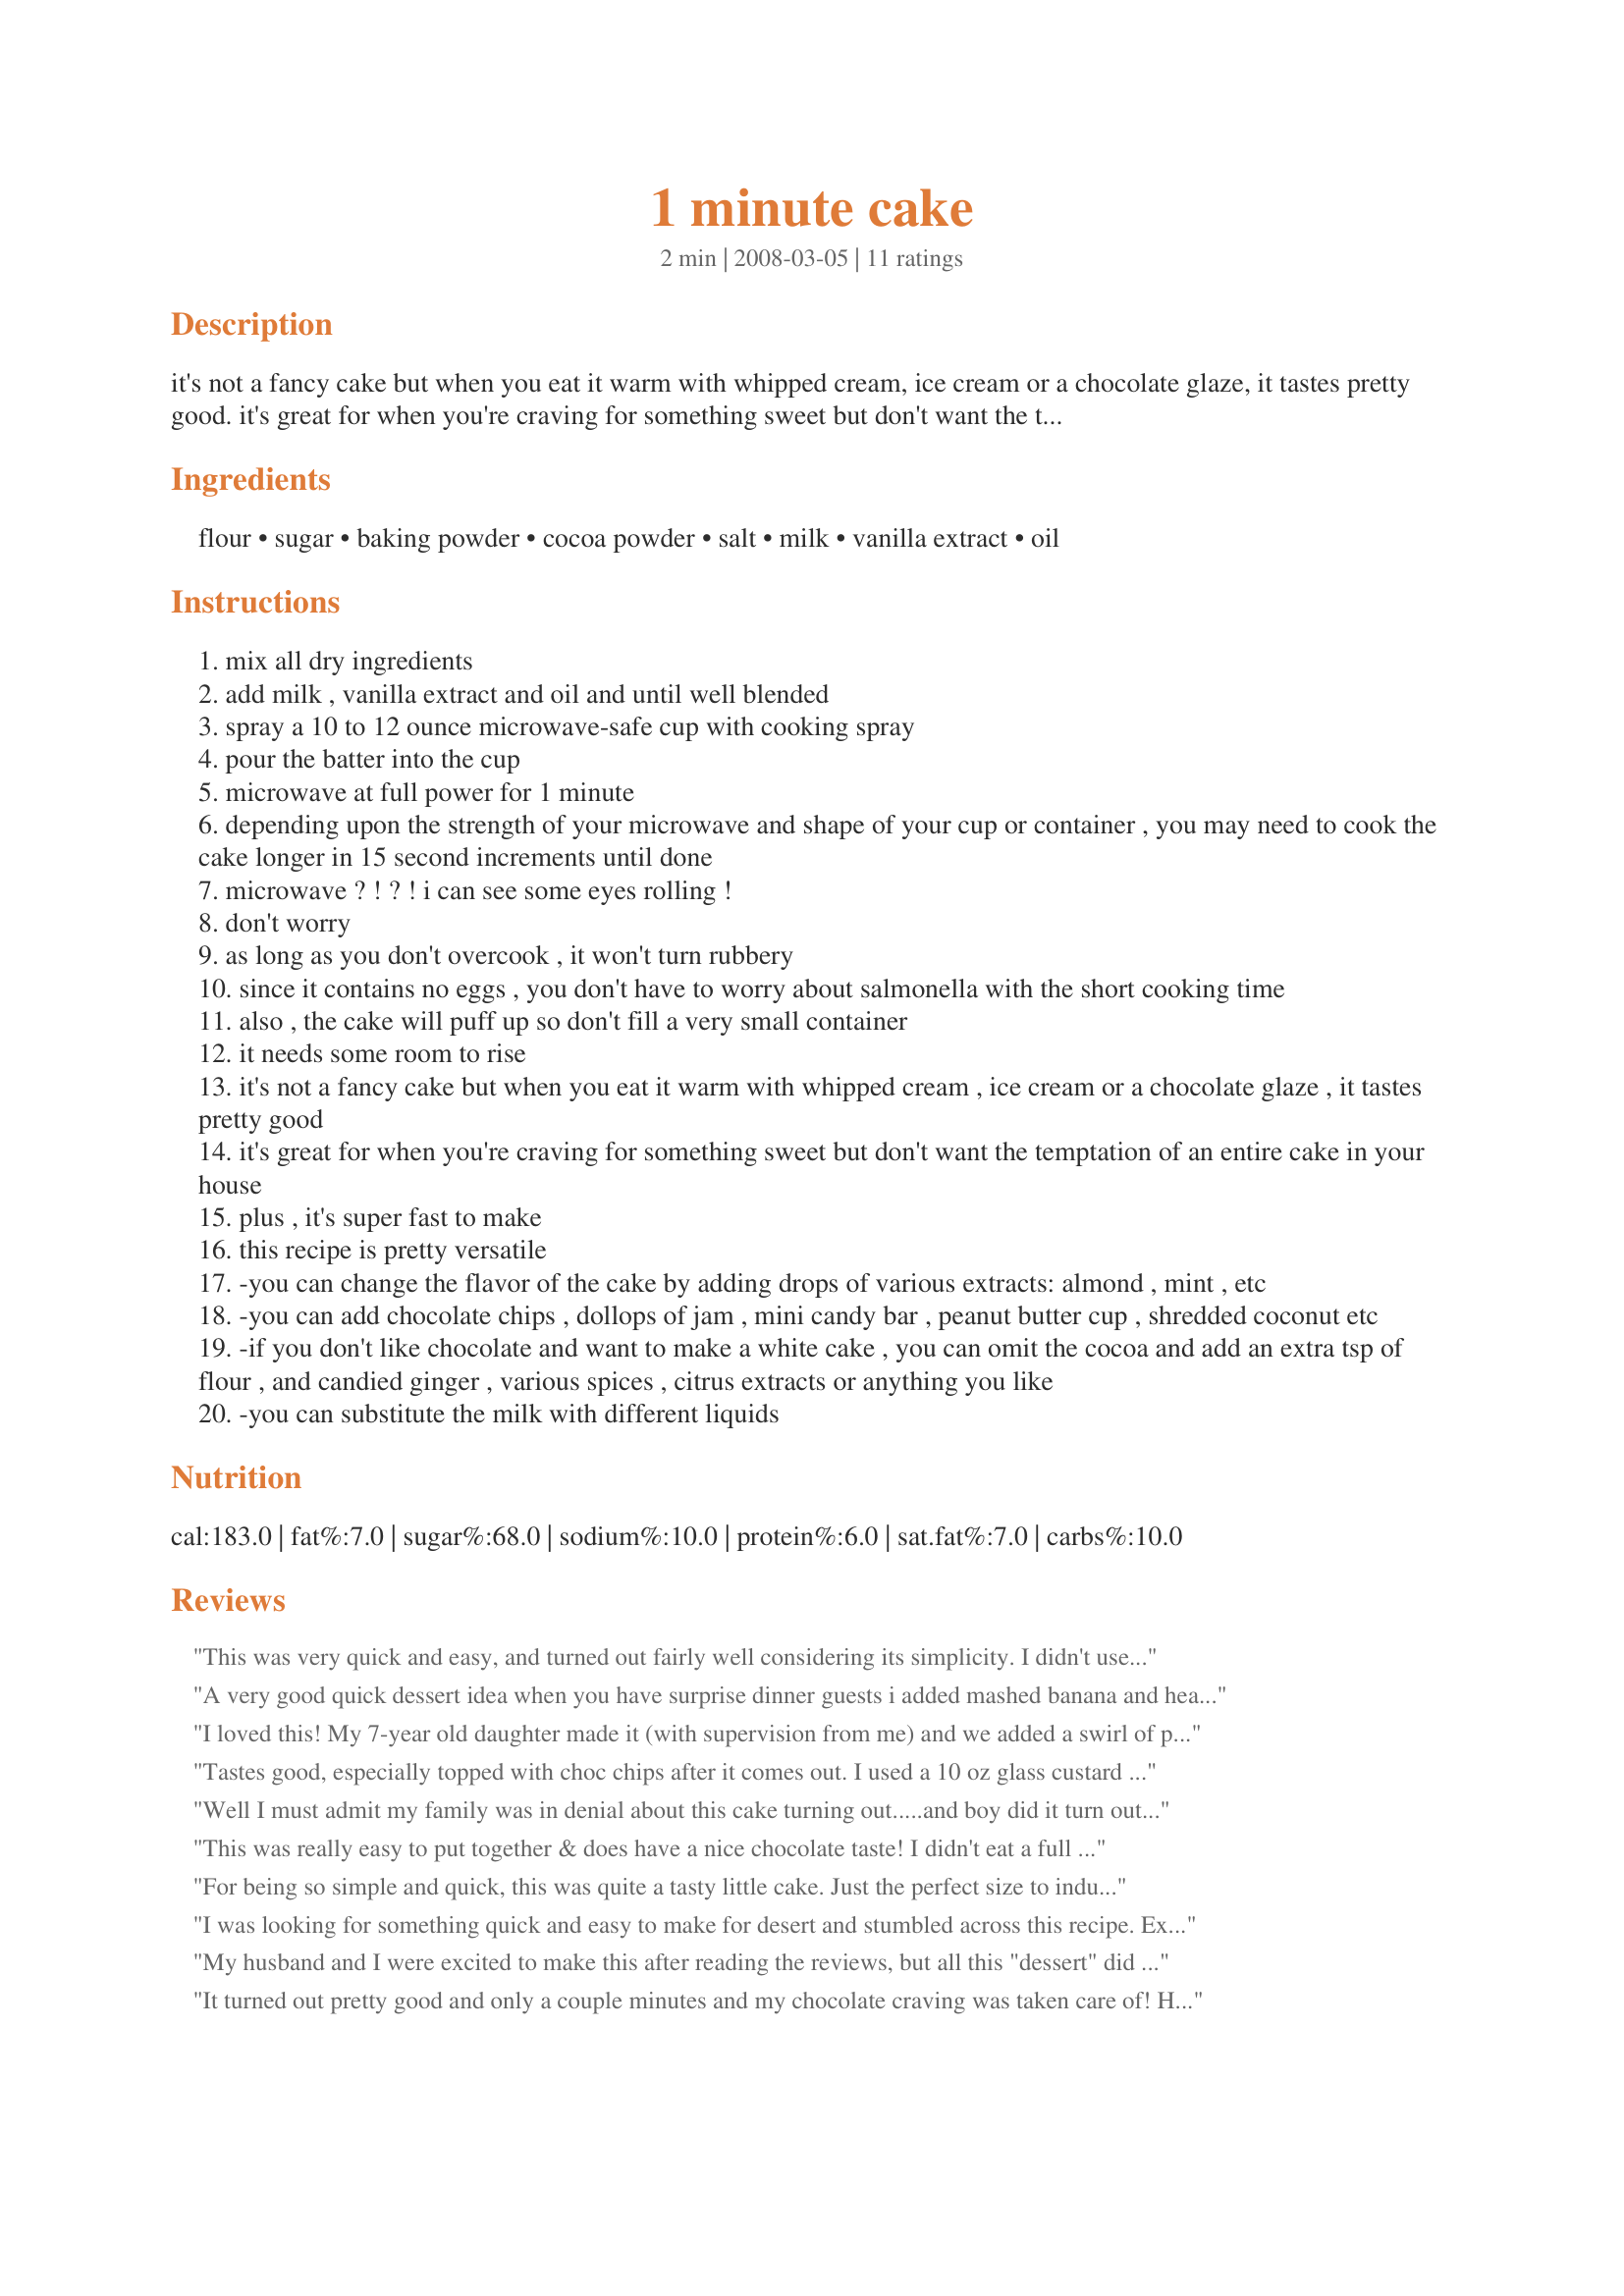
1 minute cake
Preparation time: 2 minutes

it's not a fancy cake but when you eat it warm with whipped cream, ice cream or a chocolate glaze, it tastes pretty good. it's great for when you're craving for something sweet but don't want the temptation of an entire cake in your house. plus, it's super fast to make.

Ingredients:
flour, sugar, baking powder, cocoa powder, salt, milk, vanilla extract, oil

Steps:
mix all dry ingredients
add milk , vanilla extract and oil and until well blended
spray a 10 to 12 ounce microwave-safe cup with cooking spray
pour the batter into the cup
microwave at full power for 1 minute
depending upon the strength of your microwave and shape of your cup or container , you may need to cook the cake longer in 15 second increments until done
microwave ? ! ? ! i can see some eyes rolling !
don't worry
as long as you don't overcook , it won't turn rubbery
since it contains no eggs , you don't have to worry about salmonella with the short cooking time
also , the cake will puff up so don't fill a very small container
it needs some room to rise
it's not a fancy cake but when you eat it warm with whipped cream , ice cream or a chocolate glaze , it tastes pretty good
it's great for when you're craving for something sweet but don't want the temptation of an entire cake in your house
plus , it's super fast to make
this recipe is pretty versatile
-you can change the flavor of the cake by adding drops of various extracts: almond , mint , etc
-you can add chocolate chips , dollops of jam , mini candy bar , peanut butter cup , shredded coconut etc
-if you don't like chocolate and want to make a white cake , you can omit the cocoa and add an extra tsp of flour , and candied ginger , various spices , citrus extracts or anything you like
-you can substitute the milk with different liquids

Reviews:
This was very quick and easy, and turned out fairly well considering its simplicity. I didn't use the extra teaspoon of sugar or the salt, used whole wheat flour, and subbed applesauce for the oil. I also added some cinnamon and a few chocolate chips. I "cooked" it in a large mug, and it took a little over a minute, but the bottom was still slightly gooey (though that really wasn't a problem for me). A small scoop of ice cream completed this dessert.
A very good quick dessert idea when you have surprise dinner guests i added mashed banana and heaps of double cream at the end
I loved this! My 7-year old daughter made it (with supervision from me) and we added a swirl of peanut butter, and dotted the top with vegan chocolate chips. They melted and turned the cake top gooey-delicious!
Tastes good, especially topped with choc chips after it comes out. I used a 10 oz glass custard cup. This is a much better value than buying those warm delights bowls! UPDATE: even better with a little bit of peanut butter swirled inside. This is my go to chocolate craving recipe.
Well I must admit my family was in denial about this cake turning out.....and boy did it turn out and taste yummy....very rich and next time i would only serve 1/2 cake in a cup for each person.....very handy to keep on hand for unexpected guests....thanks for the recipe....
This was really easy to put together & does have a nice chocolate taste! I didn't eat a full serving since I was so excited to just try it out, but it would be great with some light whipped cream or even a little sugar free chocolate syrup! I used whole wheat flour, Splenda & applesauce for the oil. Mine took about 1 min in the microwave. Thank you fo sharing!
For being so simple and quick, this was quite a tasty little cake. Just the perfect size to indulge my sweet tooth and not end up eating an entire cake myself! I used a bit less sugar than was called for, and I substituted apple sauce for the oil. Yum!
I was looking for something quick and easy to make for desert and stumbled across this recipe. Extremely easy to make and delicious with a scoop or vanilla ice cream!
My husband and I were excited to make this after reading the reviews, but all this "dessert" did was make us want some real chocolate cake. It didn't satisfy our sweet tooth at all. The flavor was just not there.
It turned out pretty good and only a couple minutes and my chocolate craving was taken care of! Haha! I doubled the recipe and put a small scoop of ice cream on top. Mmmm!
Made for All New Zaar Cookbooks Tag. This was pretty good, but mined turned out a little rubbery. I'll try it again reducing the cook time a little, because I think it may have cooked a little too long. Anyway, it was a nice change from my normal evening snacks. Thanks for posting this.
